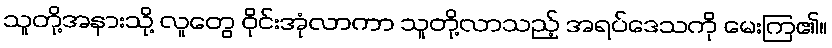
သူတို့အနားသို့ လူတွေ ဝိုင်းအုံလာကာ သူတို့လာသည့် အရပ်ဒေသကို မေးကြ၏။